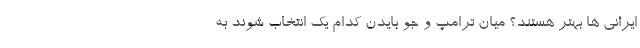
ایرانی ها بهتر هستند؟ میان ترامپ و جو بایدن کدام یک انتخاب شوند به